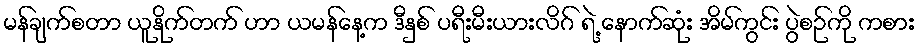
မန်ချက်စတာ ယူနိုက်တက် ဟာ ယမန်နေ့က ဒီနှစ် ပရီးမီးယားလိဂ် ရဲ့ နောက်ဆုံး အိမ်ကွင်း ပွဲစဉ်ကို ကစား